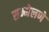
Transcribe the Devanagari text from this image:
सम्मेलणे